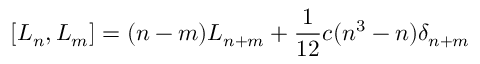
\left[ L _ { n } , L _ { m } \right] = ( n - m ) L _ { n + m } + \frac { 1 } { 1 2 } c ( n ^ { 3 } - n ) \delta _ { n + m }